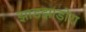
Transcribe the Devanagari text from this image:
झाडझाडोरा